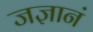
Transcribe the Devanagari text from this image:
जज्ञानं